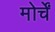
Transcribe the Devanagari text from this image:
मोर्चें